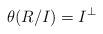
LaTeX: \begin{align*}\theta(R/I)=I^\perp\end{align*}